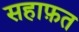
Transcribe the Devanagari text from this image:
सहाफ़त